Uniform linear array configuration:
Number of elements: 64
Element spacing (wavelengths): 0.25
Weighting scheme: hamming
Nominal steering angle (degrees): -30
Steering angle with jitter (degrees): -31.293
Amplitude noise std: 0.05
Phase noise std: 0.05

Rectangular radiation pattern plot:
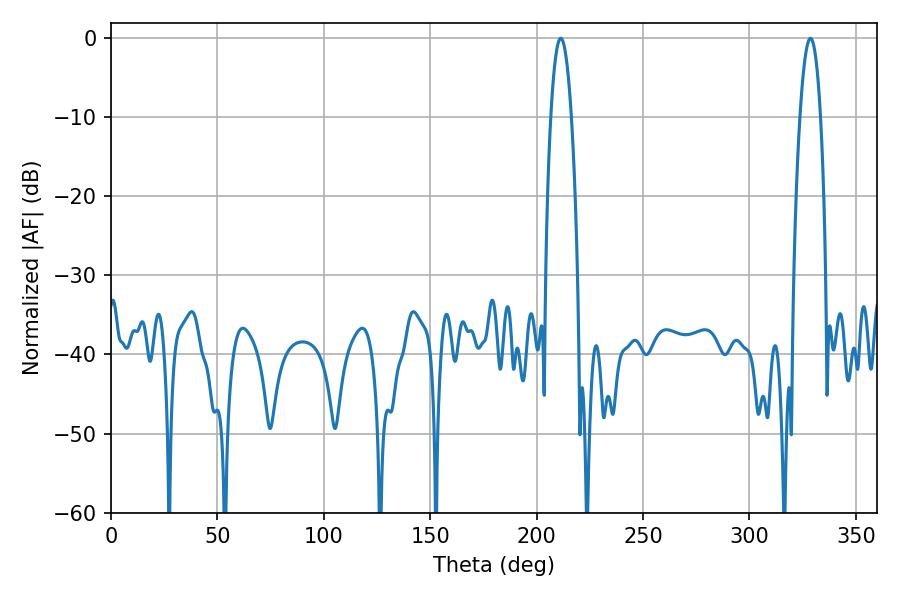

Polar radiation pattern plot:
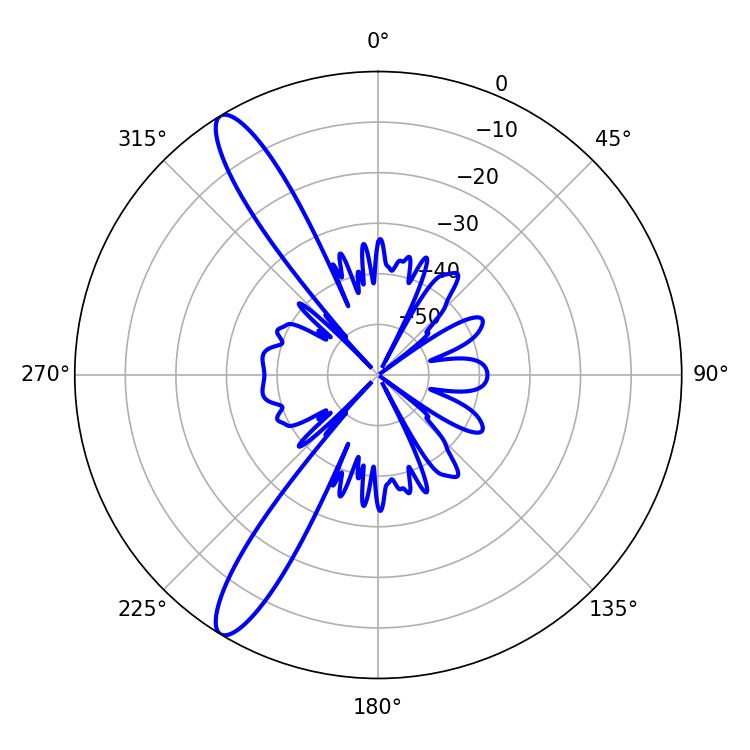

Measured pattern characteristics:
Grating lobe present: FALSE
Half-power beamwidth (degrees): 5.4
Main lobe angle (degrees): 211.32